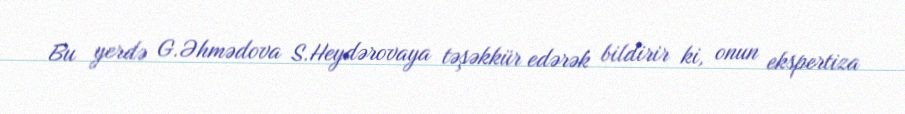
Bu yerdə G.Əhmədova S.Heydərovaya təşəkkür edərək bildirir ki, onun ekspertiza